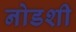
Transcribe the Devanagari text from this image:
नोडशी